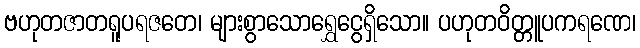
ဗဟုတဇာတရူပရဇတေ၊ များစွာသောရွှေငွေရှိသော။ ပဟုတဝိတ္တူပကရဏေ၊